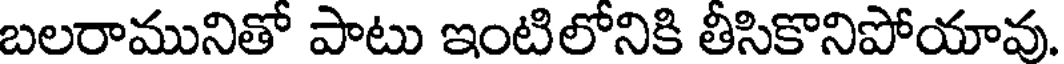
బలరామునితో పాటు ఇంటిలోనికి తీసికొనిపోయావు